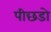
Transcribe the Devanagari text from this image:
पीछडो